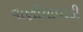
વાણીયાવાડી